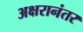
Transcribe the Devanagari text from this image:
अक्षरानंतर